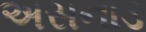
અસનાડ